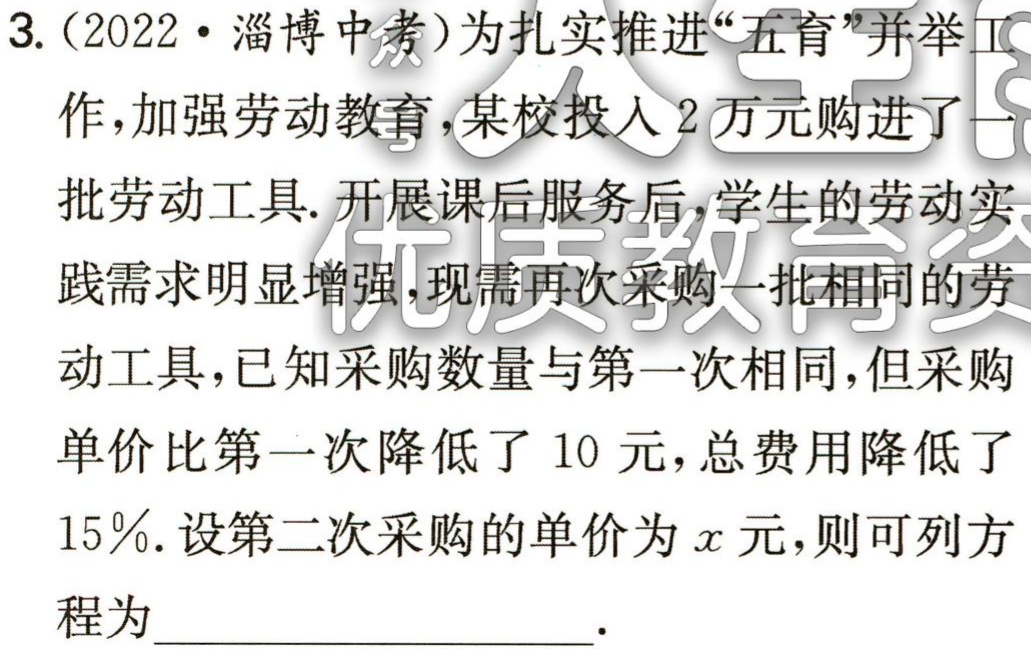
3.（2022·淄博中考）为扎实推进“五育”并举工

作，加强劳动教育，某校投入2万元购进了一

批劳动工具. 开展课后服务后，学生的劳动实

践需求明显增强，现需再次采购一批相同的劳

动工具，已知采购数量与第一次相同，但采购

单价比第一次降低了10元，总费用降低了

15％. 设第二次采购的单价为\(x\)元，则可列方

程为____________________.